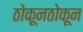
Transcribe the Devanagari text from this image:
ठोकूनठोकून